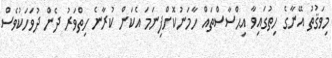
މިވަޤުތު އޭނާގެ ހިތުގައިވާ އިޙްސާސްތައް ހާމަނުކޮށްފިނަމަ އެކަން ކުރާނެ ހިތްވަރު ދެން ދުވަހަކުވެސް